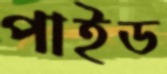
পাইড